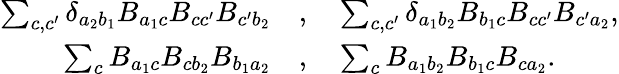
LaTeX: \begin{array}{rl}{\sum_{c,c^{\prime}}\delta_{a_{2}b_{1}}B_{a_{1}c}B_{cc^{\prime}}B_{c^{\prime}b_{2}}}&{,\quad\sum_{c,c^{\prime}}\delta_{a_{1}b_{2}}B_{b_{1}c}B_{cc^{\prime}}B_{c^{\prime}a_{2}},}\\ {\sum_{c}B_{a_{1}c}B_{cb_{2}}B_{b_{1}a_{2}}}&{,\quad\sum_{c}B_{a_{1}b_{2}}B_{b_{1}c}B_{ca_{2}}.}\end{array}